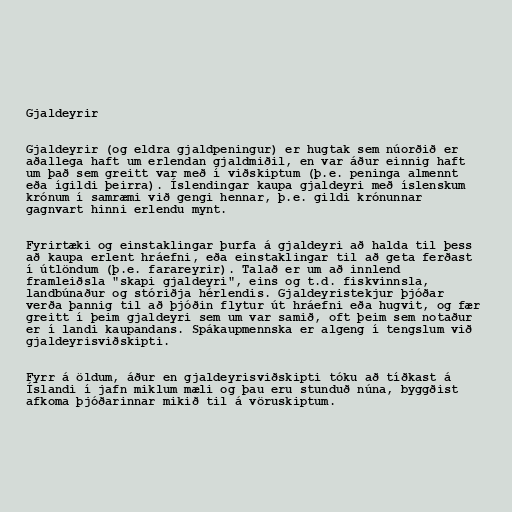
Gjaldeyrir

Gjaldeyrir (og eldra gjaldpeningur) er hugtak sem núorðið er
aðallega haft um erlendan gjaldmiðil, en var áður einnig haft
um það sem greitt var með í viðskiptum (þ.e. peninga almennt
eða ígildi þeirra). Íslendingar kaupa gjaldeyri með íslenskum
krónum í samræmi við gengi hennar, þ.e. gildi krónunnar
gagnvart hinni erlendu mynt.

Fyrirtæki og einstaklingar þurfa á gjaldeyri að halda til þess
að kaupa erlent hráefni, eða einstaklingar til að geta ferðast
í útlöndum (þ.e. farareyrir). Talað er um að innlend
framleiðsla "skapi gjaldeyri", eins og t.d. fiskvinnsla,
landbúnaður og stóriðja hérlendis. Gjaldeyristekjur þjóðar
verða þannig til að þjóðin flytur út hráefni eða hugvit, og fær
greitt í þeim gjaldeyri sem um var samið, oft þeim sem notaður
er í landi kaupandans. Spákaupmennska er algeng í tengslum við
gjaldeyrisviðskipti.

Fyrr á öldum, áður en gjaldeyrisviðskipti tóku að tíðkast á
Íslandi í jafn miklum mæli og þau eru stunduð núna, byggðist
afkoma þjóðarinnar mikið til á vöruskiptum.